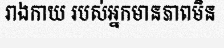
រាងកាយ របស់អ្នកមានភាពមិន